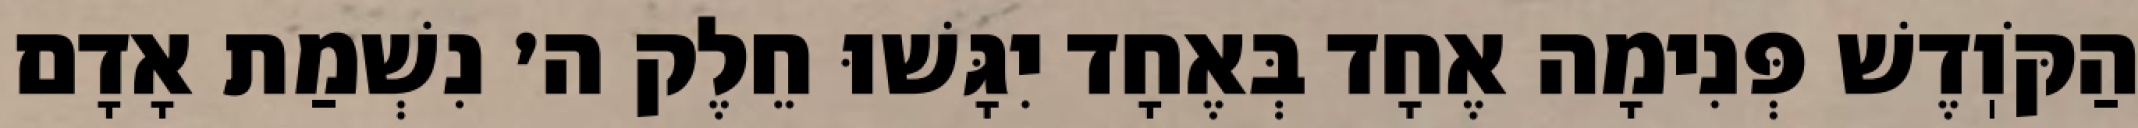
הַקֹּוֽדֶשׁ פְּנִימָה אֶחָד בְּאֶחָד יִגָּשׁוּ חֵלֶק ה׳ נִשְׁמַת אָדָם